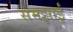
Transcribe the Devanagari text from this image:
समझाईं